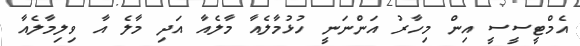
އެމްޓީސީސީ އިން މިހާރު އަންނަނީ ހުޅުމާލެއާ މާލެއާ އަދި މާލެ އާ ވިލިމާލެއާ